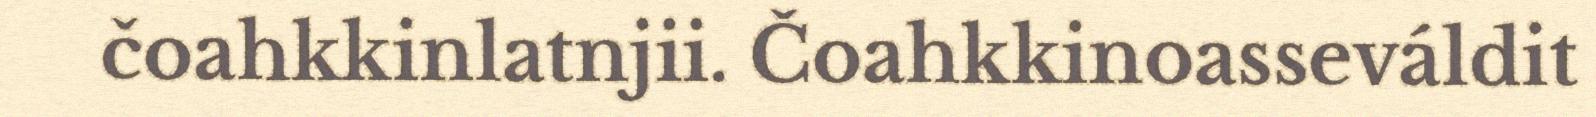
čoahkkinlatnjii. Čoahkkinoasseváldit